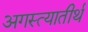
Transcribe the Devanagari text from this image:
अगस्त्यातीर्थ